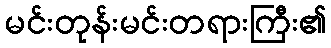
မင်းတုန်းမင်းတရားကြီး၏